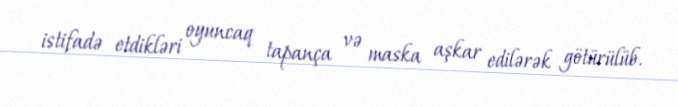
istifadə etdikləri oyuncaq tapança və maska aşkar edilərək götürülüb.